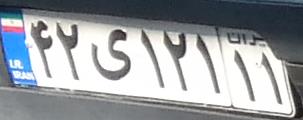
۴۲ی۱۲۱۱۱